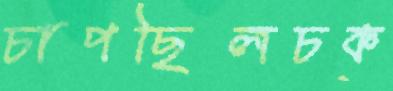
চাপছিলচক্